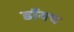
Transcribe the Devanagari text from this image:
डॉयच